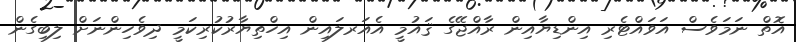
އޮތް ނަމަވެސް އަވައްޓެރި އިންޑިޔާއިން ރާއްޖޭގެ ޤައުމީ އެއަރލައިން އިހްތިޔާރުކުރިކަމީ ދިވެހިންނަށް ލިބިގެން